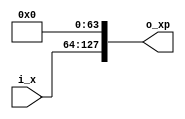
//////////////////////////////////////////////////////////////////////////////////
// Company       : TSU
// Engineer      : 
// 
// Project Name  : 
// Design Name   : 
// Description   : 
//                
// 
// Dependencies  : 
// 
// Revision      : 
//                 - V1.0 File Created
// Additional Comments:
// 
//////////////////////////////////////////////////////////////////////////////////
// 
// WARNING: THIS FILE IS AUTOGENERATED
// ANY MANUAL CHANGES WILL BE LOST

`timescale 1ns/1ps
module Expand2_n2o4k32(
    input  wire  [63:0] i_x,
    output wire [127:0] o_xp);


// ------------------------------------------------------------------------------
// for(i=0;i<2;i++)
// {
//   xp[i]=0;
// }
// ------------------------------------------------------------------------------
assign o_xp[ 0+:32] = 32'd0;
assign o_xp[32+:32] = 32'd0;

// ------------------------------------------------------------------------------
// for(i=0;i<2;i++)
// {
//   xp[4-2+i]=x[i];
// }
// ------------------------------------------------------------------------------
assign o_xp[ 64+: 32] = i_x[  0+: 32];
assign o_xp[ 96+: 32] = i_x[ 32+: 32];



endmodule